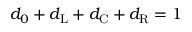
d _ { 0 } + d _ { \mathrm { L } } + d _ { \mathrm { C } } + d _ { \mathrm { R } } = 1